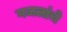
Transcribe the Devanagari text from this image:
गजलांचे